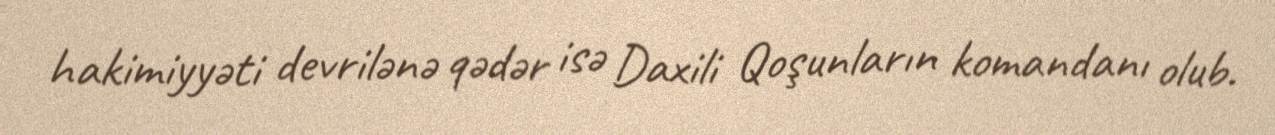
hakimiyyəti devrilənə qədər isə Daxili Qoşunların komandanı olub.